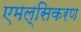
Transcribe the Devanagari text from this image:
एमल्सिकरण